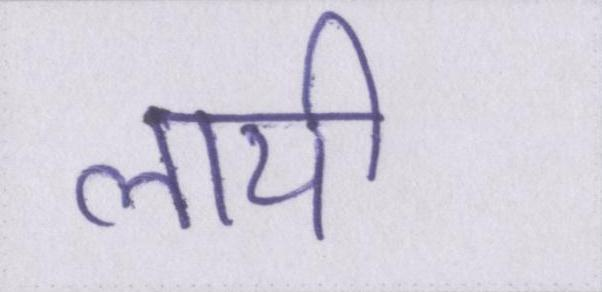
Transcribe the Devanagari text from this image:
लायी